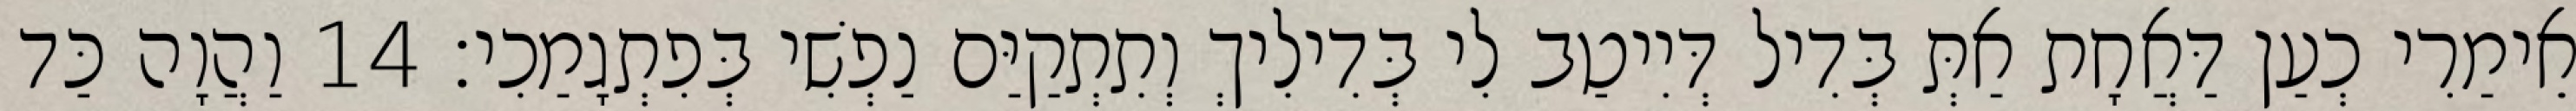
אֵימַרִי כְעַן דַּאֲחָת אַתְּ בְּדִיל דְּיִיטַב לִי בְּדִילִיךְ וְתִתְקַיַּם נַפְשִׁי בְּפִתְגָמַכִי׃ 14 וַהֲוָה כַּד